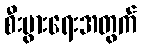
စီးပွားရေးအတွက်